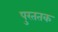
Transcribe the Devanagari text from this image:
पुरततक